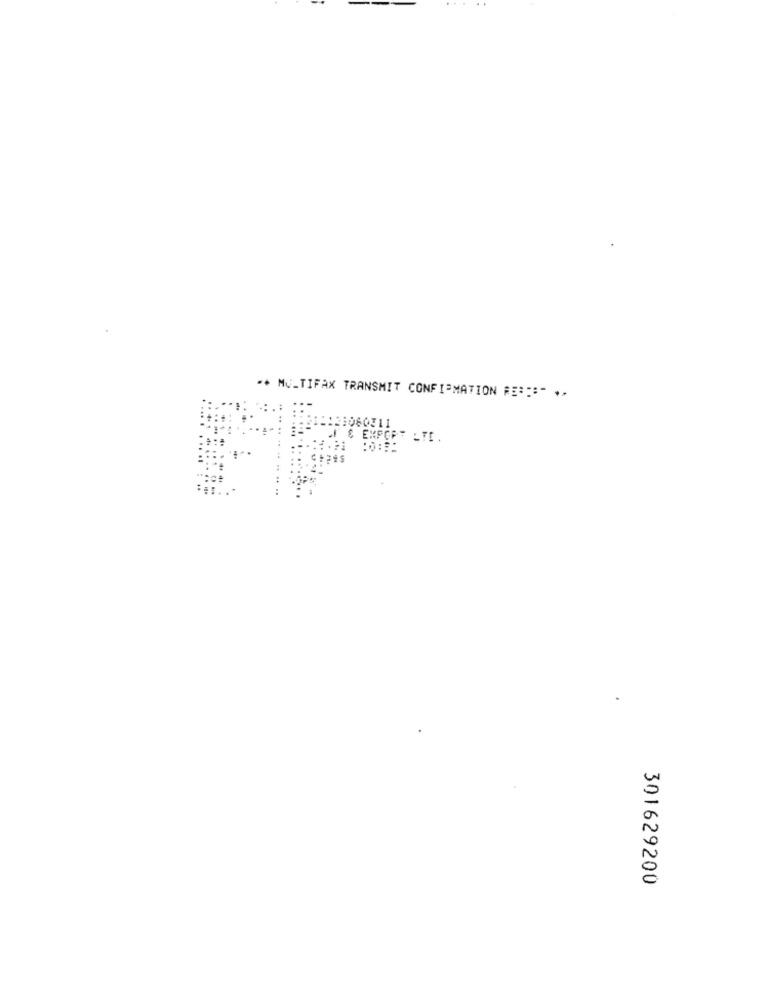
** MU_TIFAX TRANSMIT CONFIRMATION RE :::- **
21060311
& EXPORT LTD.
301629200